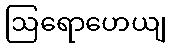
ဩရောဟေယျ